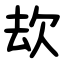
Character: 㰦